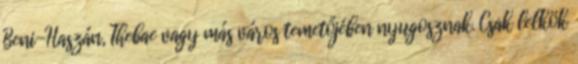
Beni-Haszán, Thebae vagy más város temetőjében nyugosznak. Csak lelkök